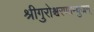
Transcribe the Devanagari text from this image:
श्रीगुरोश्चरणाम्बुजम्